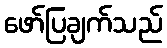
ဖော်ပြချက်သည်